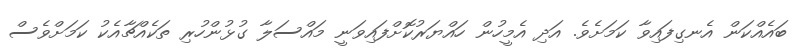
ބައެއްކަން އެނގިފައިވާ ކަމަށެވެ. އަދި އެމީހުން ހައްޔަރުކޮށްފައިވަނީ މައްސަލާ ގުޅުންހުރި ތަކެއްޗާއެކު ކަމަށްވެސް